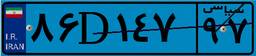
۵۶D۴۹۹۶۸